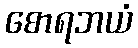
စောရဘယံ